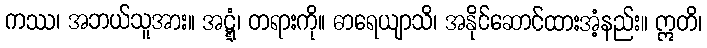
ကဿ၊ အဘယ်သူအား။ အဋ္ဋံ၊ တရားကို။ ဓာရေယျာသိ၊ အနိုင်ဆောင်ထားအံ့နည်း။ ဣတိ၊